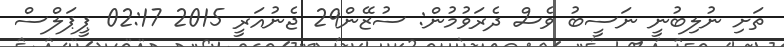
ތަށި ނުލިބުނީ ނަސީބު ވެސް ދެރަވުމުން: ސުޒޭން29 ޖެނުއަރީ 2015 02:17 ޕީޕަލްސް